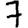
Digit: 7